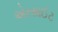
એરસાઈટ